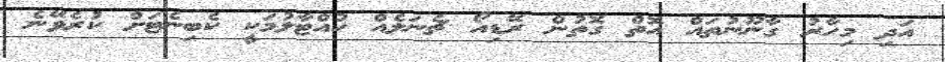
އަދި މިހާރު ގާނޫނުތައް އޮތް ގޮތުން ރޭޑިއޯ ޗެނަލެއް ހުއްޓާލުމަކީ ކެބިނެޓަށް ކުރެވޭނެ